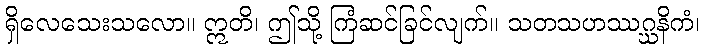
ရှိလေသေးသလော။ ဣတိ၊ ဤသို့ ကြံဆင်ခြင်လျက်။ သတသဟဿဂ္ဃနိကံ၊